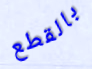
بالقطع